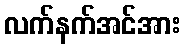
လက်နက်အင်အား